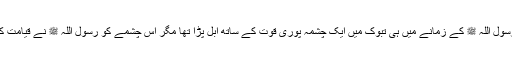
معجزہ کے طور پر رسول اللہ ﷺ کے زمانے میں ہی تبوک میں ایک چشمہ پوری قوت کے ساتھ ابل پڑا تھا مگر اس چشمے کو رسول اللہ ﷺ نے قیامت کی نشانی نہیں بتلائی ۔